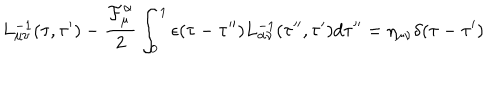
LaTeX: L _ { \mu \nu } ^ { - 1 } ( \tau , \tau ^ { \prime } ) - \frac { { \cal F } _ { \mu } ^ { \alpha } } { 2 } \int _ { 0 } ^ { 1 } \epsilon ( \tau - \tau ^ { \prime \prime } ) L _ { \alpha \nu } ^ { - 1 } ( \tau ^ { \prime \prime } , \tau ^ { \prime } ) d \tau ^ { \prime \prime } = \eta _ { \mu \nu } \delta ( \tau - \tau ^ { \prime } )